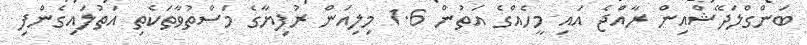
ބަންގްލަދޭޝްއިން ރާއްޖެ އައި މީހެއްގެ އަތުން 1.6 މިލިއަން ރުފިޔާގެ މަސްތުވާތަކެތި އަތުލައިގެންފި